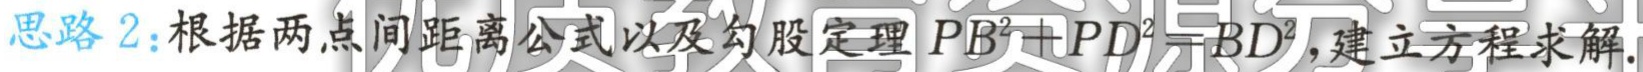
思路 2：根据两点间距离公式以及勾股定理 \(PB^{2}+PD^{2}=BD^{2}\)，建立方程求解.